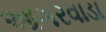
આગરવાડા